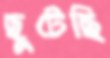
ছুটেছি